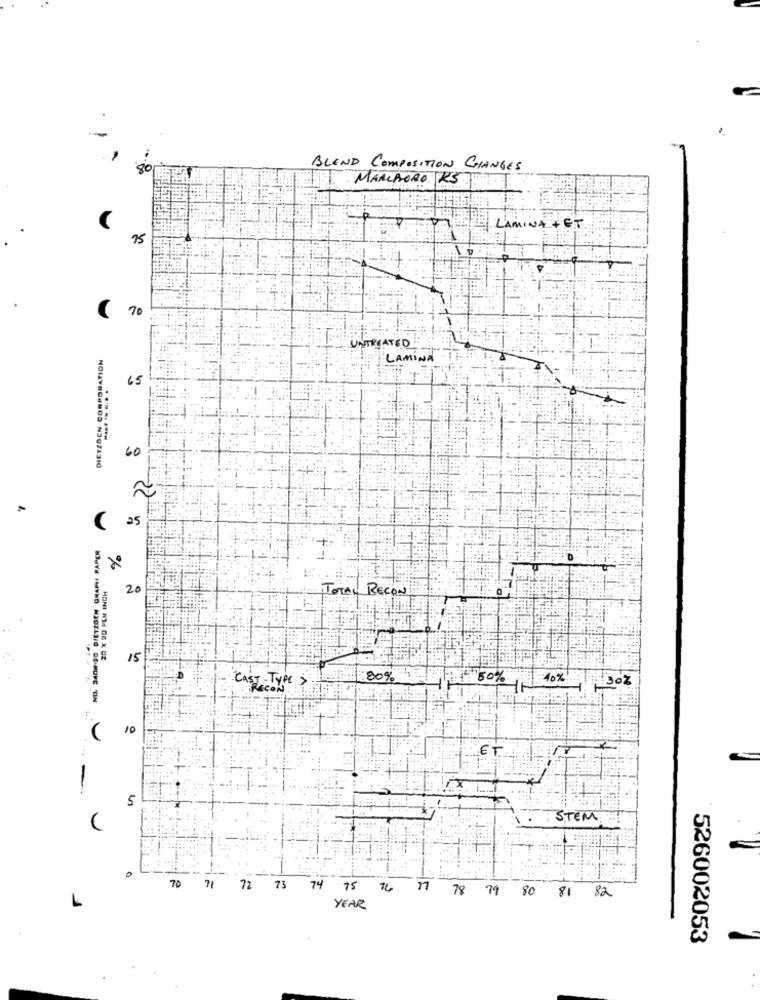
90
BLEND COMPOSITION CHANGES
MARLBORO RS.
LAMINA
75
70
DIETIDEN CORPORATION
UNTREATED
LAMINA
65
60
25
NO. 340#-90 DIETZDEN GRAPH PAPER
%
20
TOTAL BECON
15
CAST - TYPE >
80%
60%
10%
30%
10
ET
-
5
STEM
70
71
72 73
74 75 76
17 78 79 80 81 82
YEAR
526002053